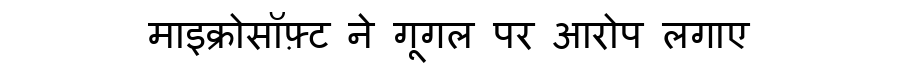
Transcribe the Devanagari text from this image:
माइक्रोसॉफ़्ट ने गूगल पर आरोप लगाए